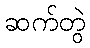
ဆက်တွဲ